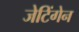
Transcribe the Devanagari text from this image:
जेटिंगेन